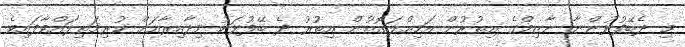
މި ދެބޭފުޅުންނާ ނާޒިމްގެ އިތުރުން އަމިއްލަގޮތުން އިތުރު ދެ ބޭފުޅަކު މިދާއިރާއަށް ކުރިމަތިލައްވާފައިވެ